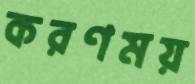
করণময়